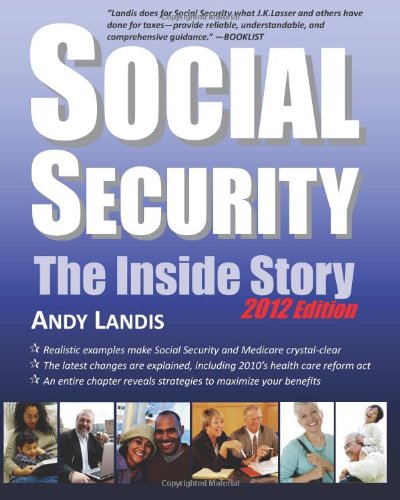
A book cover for Social Security: The Inside Story, 2012 Edition; Andy Landis; Medical Books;